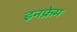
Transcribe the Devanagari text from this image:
इनफ्रेम